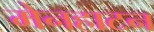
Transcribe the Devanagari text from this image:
मेनहाटन